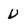
Character: v